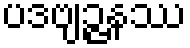
ပဒဗျဉ္ဇနဿ